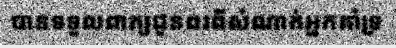
បានទទួលពាក្យជូនពរពីសំណាក់អ្នកគាំទ្រ